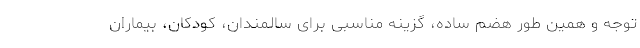
توجه و همین طور هضم ساده، گزینه مناسبی برای سالمندان، کودکان، بیماران